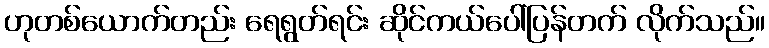
ဟုတစ်ယောက်တည်း ရေရွတ်ရင်း ဆိုင်ကယ်ပေါ်ပြန်တက် လိုက်သည်။